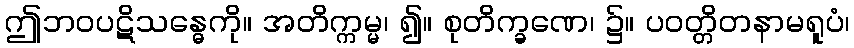
ဤဘဝပဋိသန္ဓေကို။ အတိက္ကမ္မ၊ ၍။ စုတိက္ခဏေ၊ ၌။ ပဝတ္တိတနာမရူပံ၊